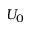
U _ { 0 }